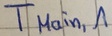
Text: TMain,1